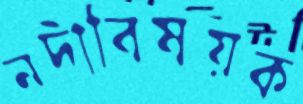
নদীবিষয়ক